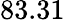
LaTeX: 83.31